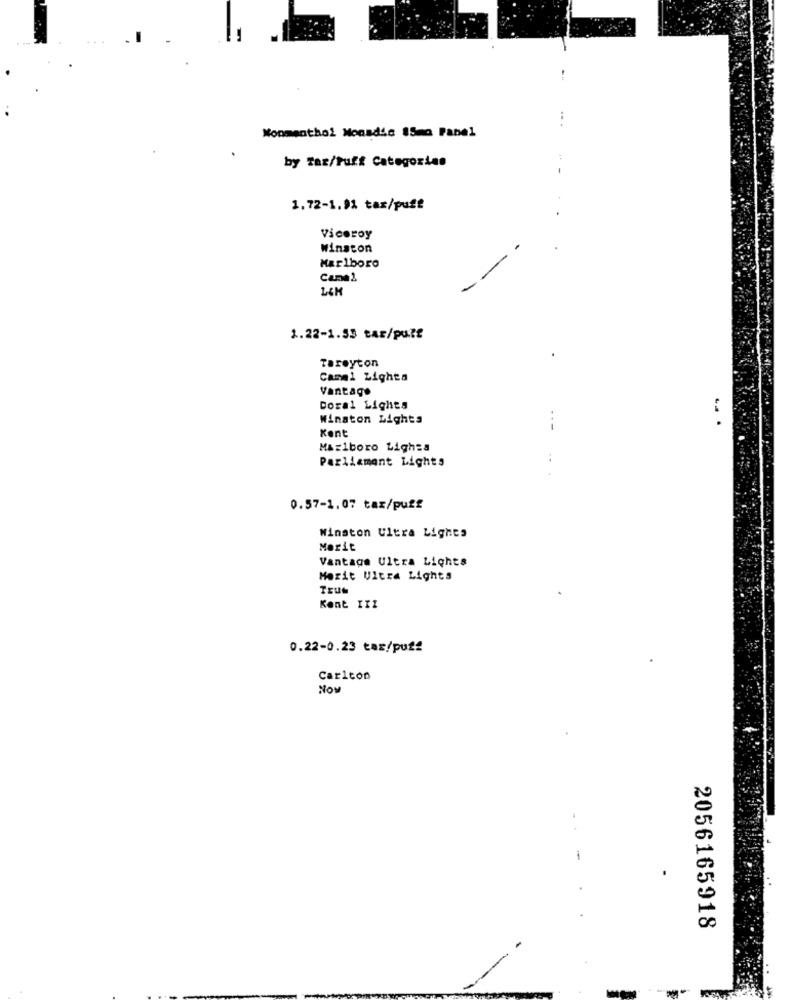
Nonmenthol Monadic 15ma Panel
by Tar/Puff Categorias
1.72-1.91 tax/puff
Viceroy
Winston
Marlboro
Cane 2
1.22-1.53 tar/puff
Tareyton
Camel Lighta
Vantage
Doral Lights
Winston Lights
Kont
Marlboro Lights
Parliament Lights
0.57-1.07 tax/puff
Winston Ultra Lights
Morit
Vantage Ultra Lights
Merit Ultra Lights
True
Kent III
0.22-0.23 tax/puff
Carlton
NOM
2056165918